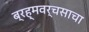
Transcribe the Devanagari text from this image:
ब्रह्मवर्चसाचा